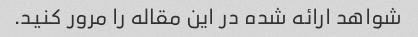
شواهد ارائه شده در این مقاله را مرور کنید.